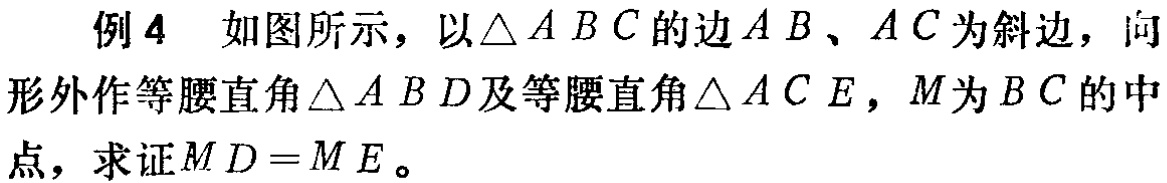
例4 如图所示，以$\triangle ABC$的边$AB$、$AC$为斜边，向形外作等腰直角$\triangle ABD$及等腰直角$\triangle ACE$，$M$为$BC$的中点，求证$MD = ME$。